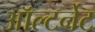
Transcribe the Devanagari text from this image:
ऑल्टर्नेट